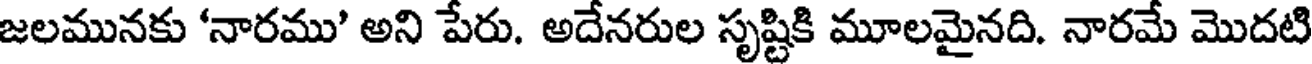
జలమునకు 'నారము' అని పేరు. అదేనరుల సృష్టికి మూలమైనది. నారమే మొదటి